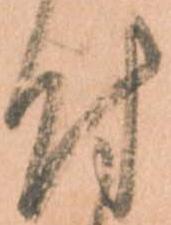
付